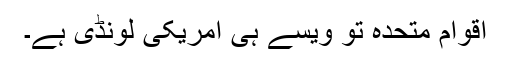
اقوام متحدہ تو ویسے ہی امریکی لونڈی ہے۔